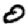
Digit: 0